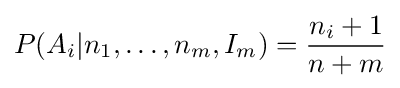
P(A_{i}|n_{1},\ldots ,n_{m},I_{m})={n_{i}+1 \over n+m}